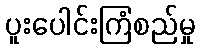
ပူးပေါင်းကြံစည်မှု